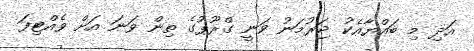
އަދި މި ބައްޔާއެކު ޖަރުމަނު ވަނީ ގްރޫޕުގެ ތިން ވަނަ އަށް ވެއްޓިފަ